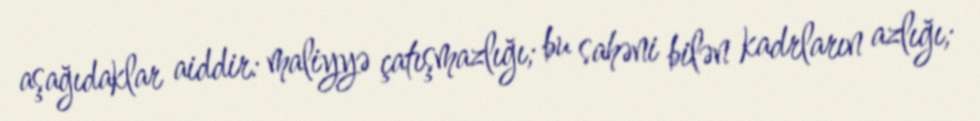
aşağıdaklar aiddir: maliyyə çatışmazlığı; bu sahəni bilən kadrların azlığı;